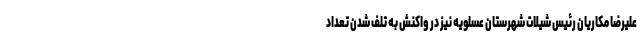
علیرضا مکاریان رئیس شیلات شهرستان عسلویه نیز در واکنش به تلف شدن تعداد